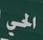
الحي